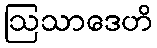
ဩသာဒေဟိ